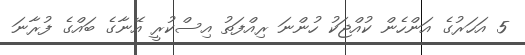
5 އަހަރުގެ އަންހެން ކުއްޖަކު ހުންނަ ރިއްފަތު އިސްކުރީ އޭނާގެ ބައްގެ ފުރާނަ